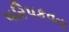
પરિપકવતા